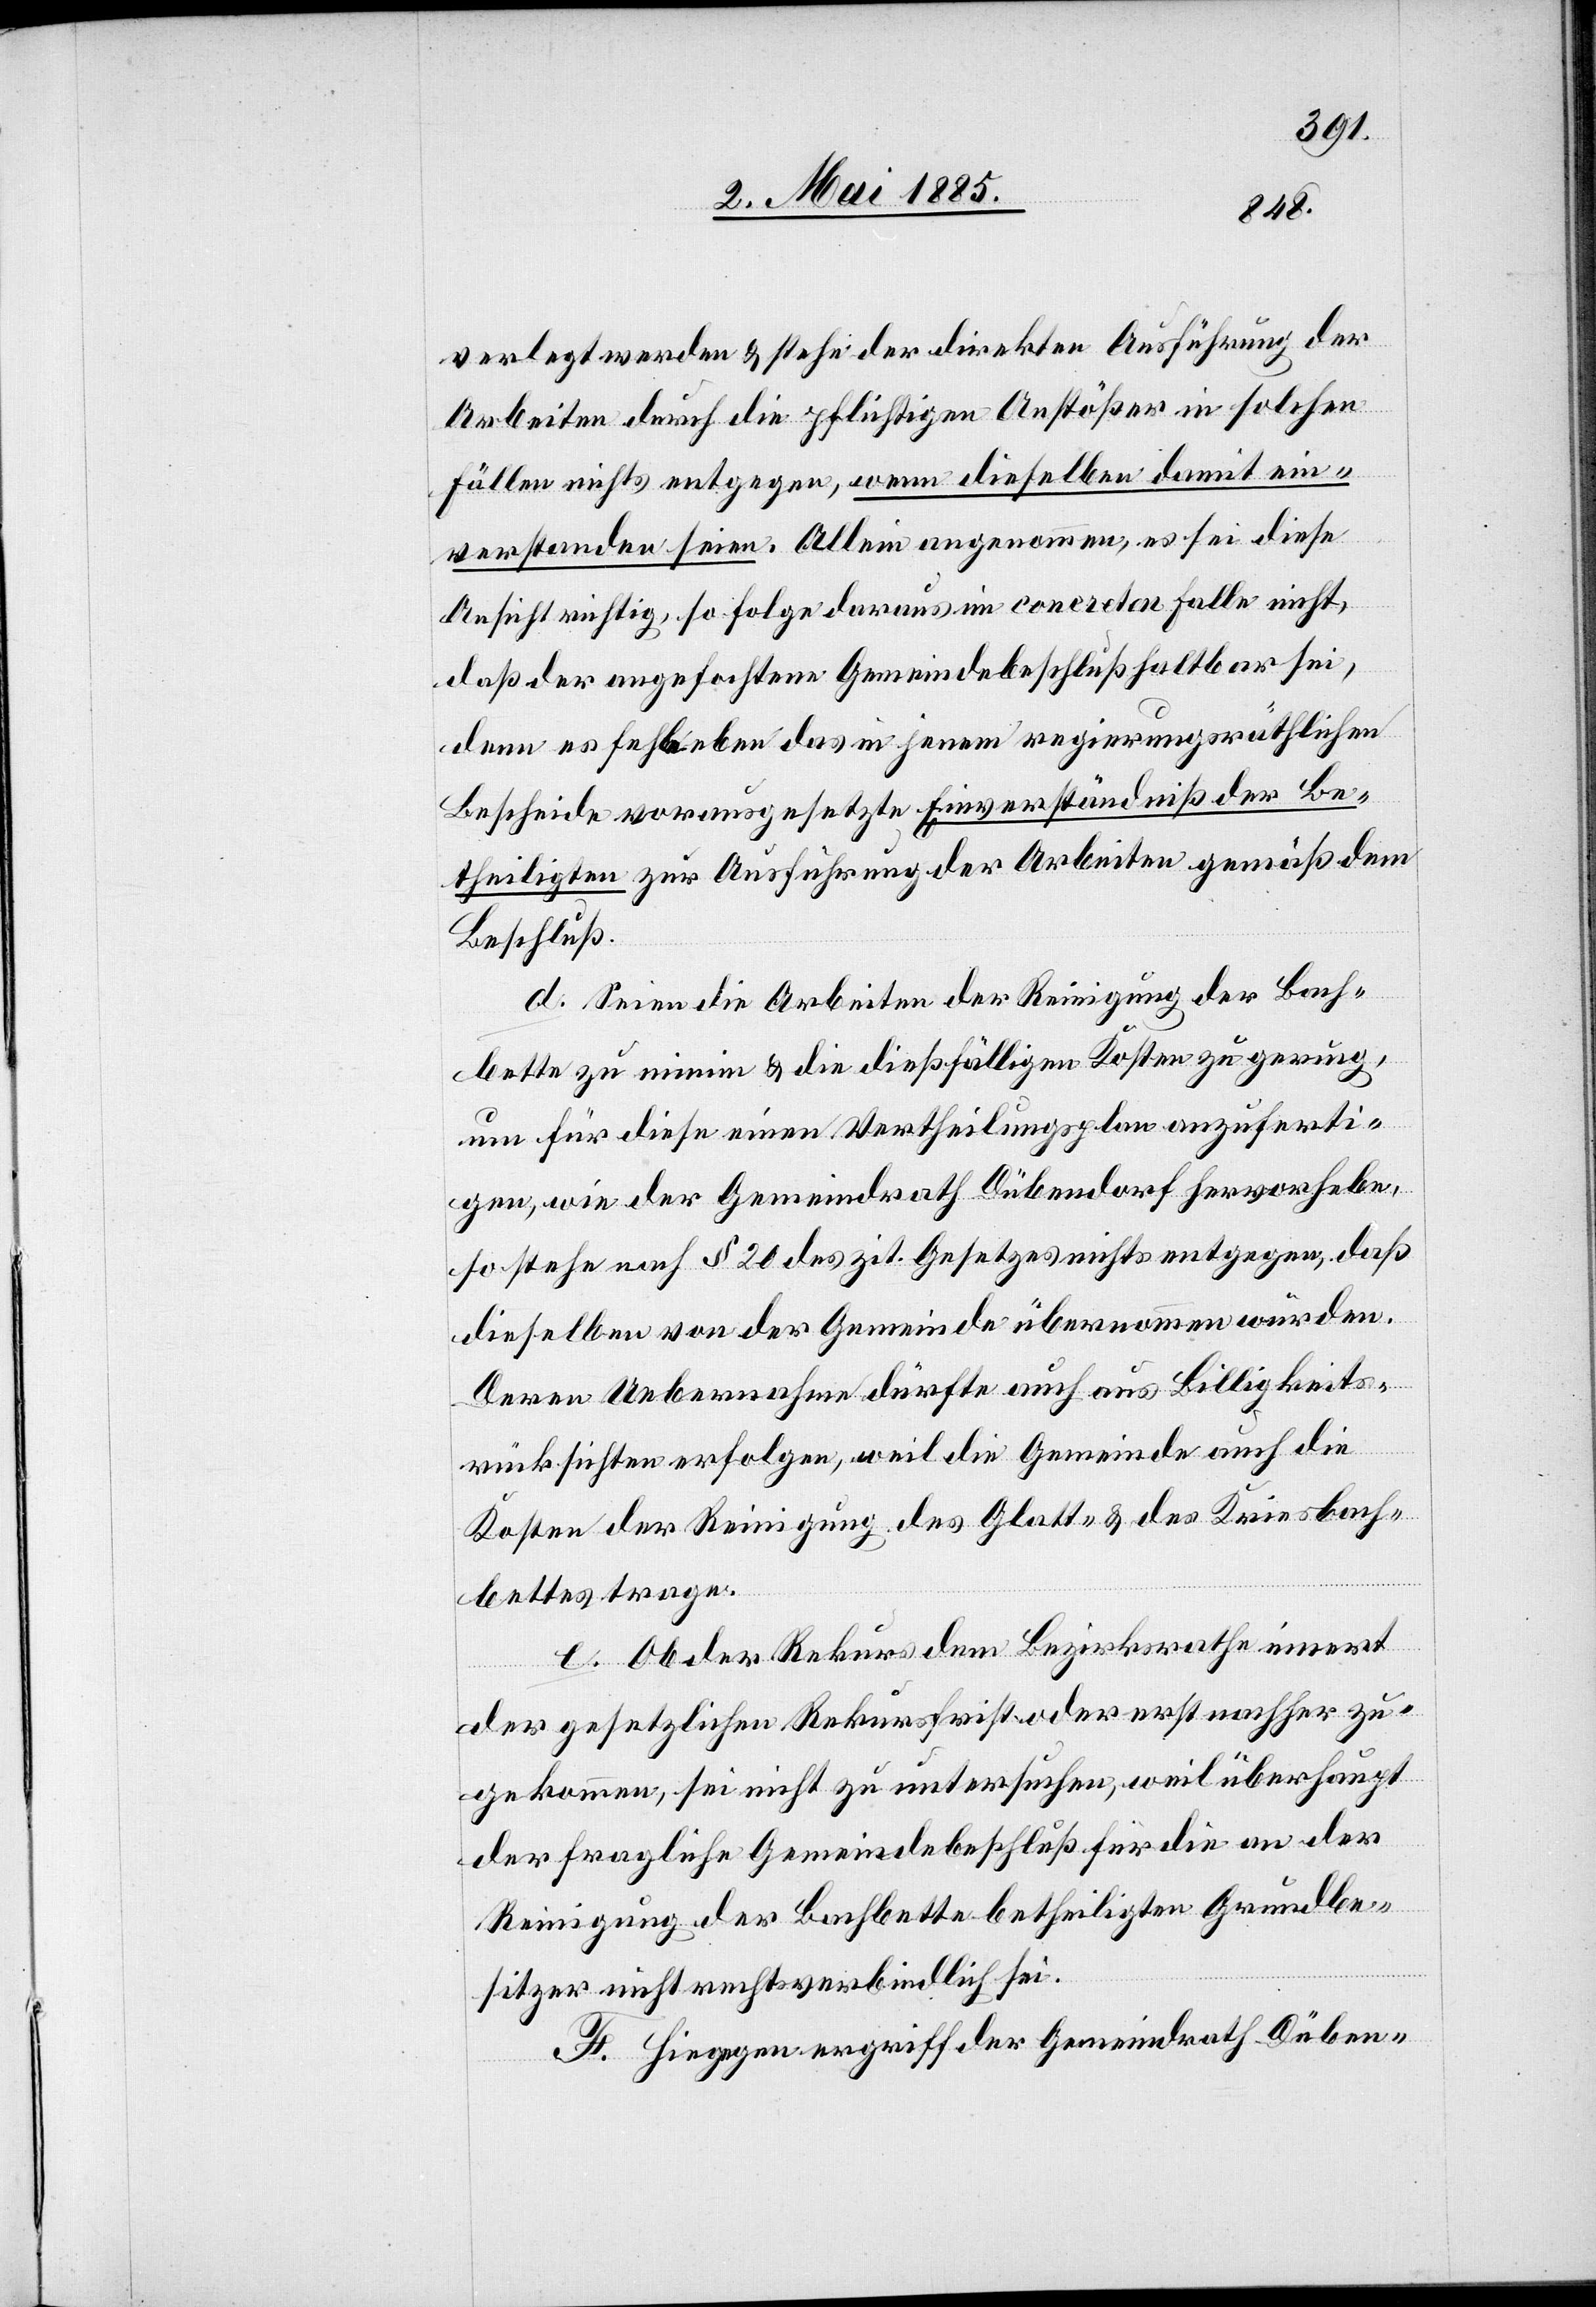
verlegt werden & stehe der direkten Ausführung der
Arbeiten durch die pflichtigen Anstößer in solchen
Fällen nichts entgegen, wenn dieselben damit ein¬
verstanden seien. Allein angenommen, es sei diese
Ansicht richtig, so folge daraus im concreten Falle nicht,
daß der angefochtene Gemeindebeschluß haltbar sei,
denn es fehle eben das in jenem regierungsräthlichen
Bescheide vorausgesetzte Einverständniß der Be¬
theiligten zur Ausführung der Arbeiten gemäß dem
Beschluß.
d. Seien die Arbeiten der Reinigung der Bach¬
bette zu minim & die dießfälligen Kosten zu gering,
um für diese einen Vertheilungsplan anzuferti¬
gen, wie der Gemeindrath Dübendorf hervorhebe,
so stehe nach § 20 des zit. Gesetzes nichts entgegen, daß
dieselben von der Gemeinde übernommen würden.
Deren Uebernahme dürfte auch aus Billigkeits¬
rücksichten erfolgen, weil die Gemeinde auch die
Kosten der Reinigung des Glatt- & des Kriesbach¬
bettes trage.
e. Ob der Rekurs dem Bezirksrath innert
der gesetzlichen Rekursfrist oder erst nachher zu¬
gekommen, sei nicht zu untersuchen, weil überhaupt
der fragliche Gemeindebeschluß für die an der
Reinigung der Bachbette betheiligten Grundbe¬
sitzer nicht rechtsverbindlich sei.
F. Hiegegn ergriff der Gemeindrath Düben-